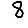
Digit: 8